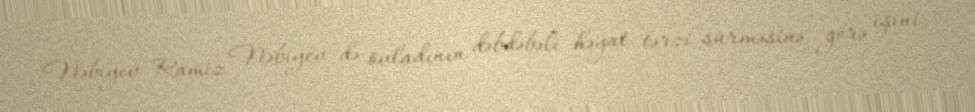
Nəbiyev Ramiz Nəbiyev də övladının dəbdəbəli həyat tərzi sürməsinə görə işini